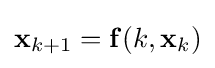
{\textstyle \mathbf {x} _{k+1}=\mathbf {f} (k,\mathbf {x} _{k})}